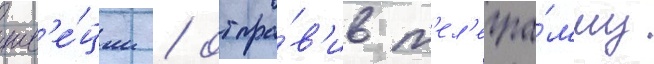
шв'е́ции / отпра́в'ив т'ел'егра́мму